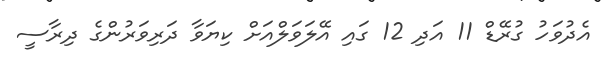
އެދުވަހު ގުރޭޑް 11 އަދި 12 ގައި އޭލަވަލްއަށް ކިޔަވާ ދަރިވަރުންގެ ދިރާސީ